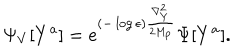
\Psi _ { V } [ Y ^ { a } ] = e ^ { ( - \log \epsilon ) { \frac { \nabla _ { Y } ^ { 2 } } { 2 M _ { p } } } } \Psi [ Y ^ { a } ] .